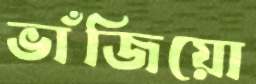
ভাঁজিয়ো